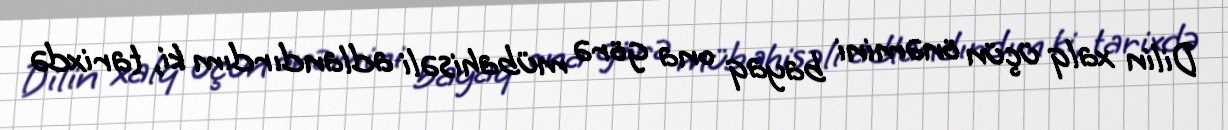
Dilin xalq üçün önəmini bayaq ona görə mübahisəli adlandırdım ki, tarixdə